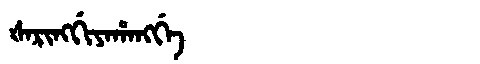
Manchu: ᡧᠠᡵᡳᠩᡤᡳᠶᠠᡥᠠᠩᡤᡝ
Romanization: ŠARINGGIYAHANGGE